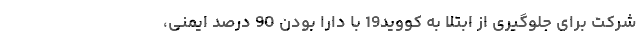
شرکت برای جلوگیری از ابتلا به کووید19 با دارا بودن 90 درصد ایمنی،